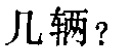
几辆？